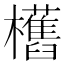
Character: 欍